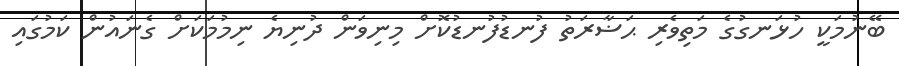
ބޭނުމަކީ ހުޅަނގުގެ މަތިވެރި ޙަޟާރަތު ފުނޑުފުނޑުކޮށް މިނިވަން ދުނިޔެ ނިމުމަކަށް ގެނައުން ކަމުގައި